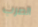
الصرب